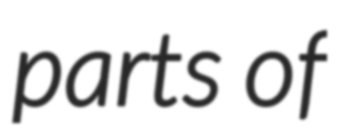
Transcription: parts of